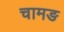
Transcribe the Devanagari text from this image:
चामङ